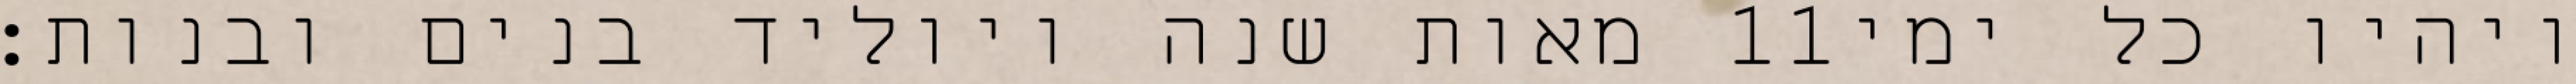
מאות שנה ויוליד בנים ובנות׃ ‎11‏ ויהיו כל ימי